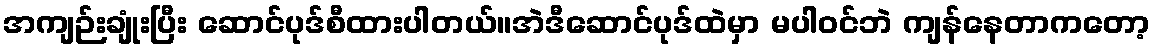
အကျဉ်းချုံးပြီး ဆောင်ပုဒ်စီထားပါတယ်။အဲဒီဆောင်ပုဒ်ထဲမှာ မပါဝင်ဘဲ ကျန်နေတာကတော့